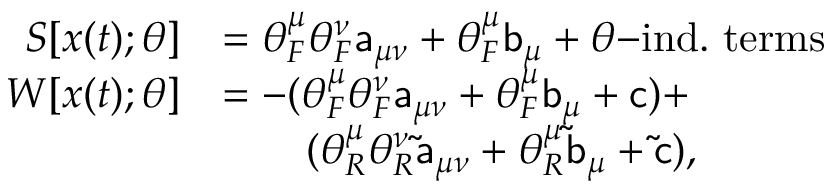
\begin{array} { r l } { S [ { \boldsymbol { x } } ( t ) ; \theta ] } & { = \theta _ { F } ^ { \mu } \theta _ { F } ^ { \nu } \mathsf { a } _ { \mu \nu } + \theta _ { F } ^ { \mu } \mathsf { b } _ { \mu } + \theta \mathrm { - } \mathrm { i n d . \ t e r m s } } \\ { W [ { \boldsymbol { x } } ( t ) ; \theta ] } & { = - ( \theta _ { F } ^ { \mu } \theta _ { F } ^ { \nu } \mathsf { a } _ { \mu \nu } + \theta _ { F } ^ { \mu } \mathsf { b } _ { \mu } + \mathsf { c } ) + } \\ & { \quad \quad ( \theta _ { R } ^ { \mu } \theta _ { R } ^ { \nu } \mathsf { \tilde { a } } _ { \mu \nu } + \theta _ { R } ^ { \mu } \mathsf { \tilde { b } } _ { \mu } + \mathsf { \tilde { c } } ) , } \end{array}